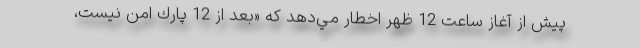
پيش از آغاز ساعت 12 ظهر اخطار مي‌دهد كه «بعد از 12 پارك امن نيست،